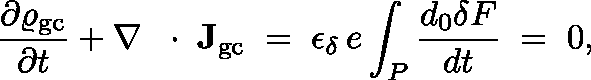
\frac { \partial \varrho _ { \mathrm { g c } } } { \partial t } + \nabla \, \mathrm { ~ \boldmath ~ \cdot ~ } \, { \bf J } _ { \mathrm { g c } } \; = \; \epsilon _ { \delta } \, e \int _ { P } \frac { d _ { 0 } \delta F } { d t } \; = \; 0 ,